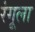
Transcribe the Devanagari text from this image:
रंगूला